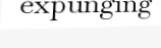
expunging